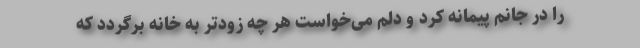
را در جانم پیمانه کرد و دلم می‌خواست هر چه زودتر به خانه برگردد که